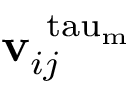
\mathbf { v } _ { i j } ^ { \mathrm { \ t a u _ { m } } }